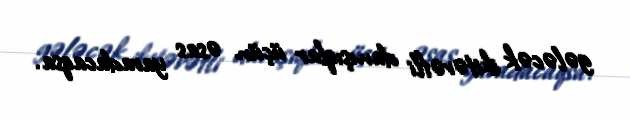
gələcək ikitərəfli danışıqlar üçün əsas yaradacaqsa.